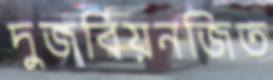
দুজবিয়নজিত